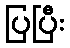
ပြပြီး